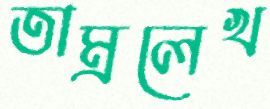
তাম্রলেখ